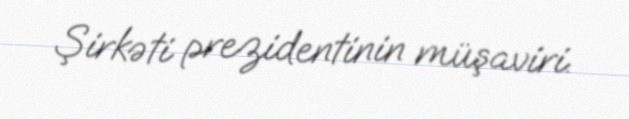
Şirkəti prezidentinin müşaviri.